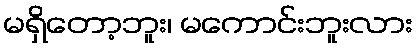
မရှိတော့ဘူး၊ မကောင်းဘူးလား